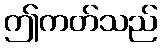
ဤကတ်သည်